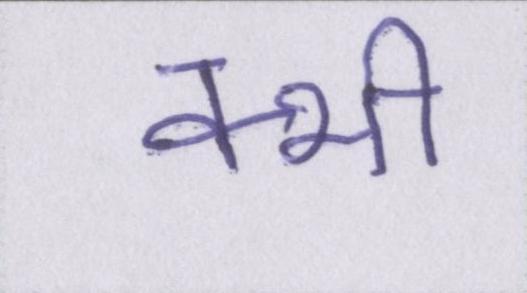
क्भी